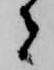
者